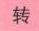
转